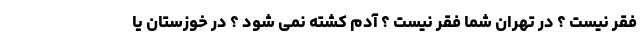
فقر نیست ؟ در تهران شما فقر نیست ؟ آدم کشته نمی شود ؟ در خوزستان یا